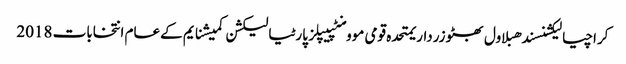
کراچیالیکشنسندھبلاول بھٹو زرداریمتحدہ قومی موومنٹپیپلز پارٹیالیکشن کمیشنایم کےعام انتخابات 2018